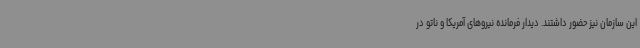
این سازمان نیز حضور داشتند. دیدار فرمانده نیروهای آمریکا و ناتو در